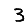
Digit: 3